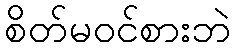
စိတ်မဝင်စားဘဲ